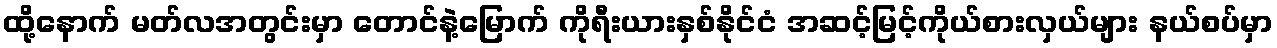
ထို့နောက် မတ်လအတွင်းမှာ တောင်နဲ့မြောက် ကိုရီးယားနှစ်နိုင်ငံ အဆင့်မြင့်ကိုယ်စားလှယ်များ နယ်စပ်မှာ